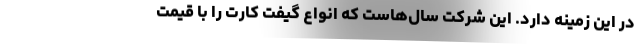
در این زمینه دارد. این شرکت سال‌هاست که انواع گیفت‌ کارت‌ را با قیمت